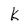
Character: k